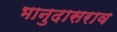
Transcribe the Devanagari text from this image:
भानुदासराव